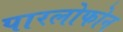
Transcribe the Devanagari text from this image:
पारलोफोन